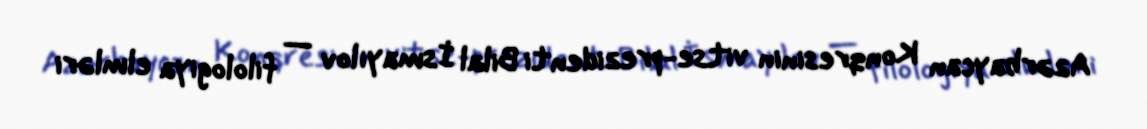
Azərbaycan Konqresinin vitse-prezidenti Bilal İsmayılov — filologiya elmləri